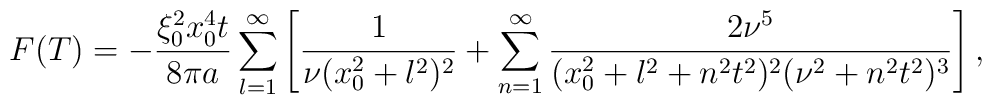
F( T)=-\frac{\xi_0^2x_0^4t}{8\pi a}\sum_{l=1}^\infty\left[ \frac 1 {\nu (x_0^2+l^2)^2} +\sum_{n=1}^\infty\frac{2\nu^5}{(x_0^2+l^2+n^2t^2)^2(\nu^2+n^2t^2)^3}\right],